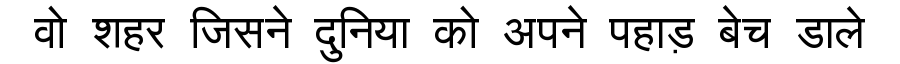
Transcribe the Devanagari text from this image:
वो शहर जिसने दुनिया को अपने पहाड़ बेच डाले